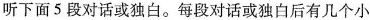
听下面5段对话或独白。每段对话或独白后有几个小